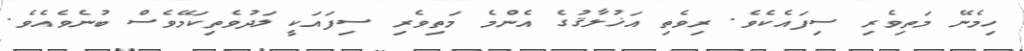
ހިމެނޭ މަތިވެރި ސިފައެކެވެ. ރިވެތި އަޚުލާޤުގެ އެންމެ މަތިވެރި ސިފައަކީ ލަދުވެތިކަމޭވެސް ބުނެވެއެވެ.